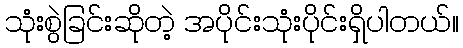
သုံးစွဲခြင်းဆိုတဲ့ အပိုင်းသုံးပိုင်းရှိပါတယ်။